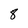
Character: 8